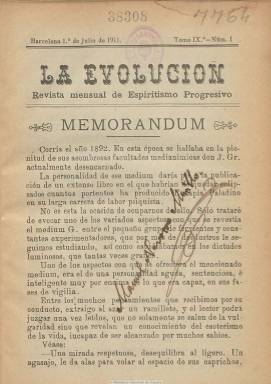
Título: La Evolución (Barcelona)
Colección: Espiritismo
Ámbito geográfico: Barcelona
Lugar de publicación: Barcelona
Fechas: 01/07/1911-01/06/1915

Con el subtítulo “revista mensual del espiritismo progresivo”, la funda y dirige Manuel Navarro Murillo, que anteriormente había sido director de las también publicaciones espiritistas barcelonesas Revista de estudios psicológicos (1876-1901) y Luz y unión (1900-1914). Empieza a publicarla en julio de 1903, en entregas de ocho páginas y compuesta a una columna, e inserta artículos y crónicas sobre los centros espiritistas españoles y extranjeros, relaciones bibliográficas, así como noticias del movimiento pacifista, del que su propietario era ferviente partidario y divulgador y sobre el que escribirá varios opúsculos, como el titulado El pacifismo según la doctrina espiritista (1906). Navarro Murillo también había sido autor de otro opúsculo contra las corridas de toros, publicado en 1881.

En la revista le acompaña, como administradora, su hija, la poeta espiritista Matilde Navarro Alonso, y tiene representantes en varios países iberoamericanos, en Marruecos y Canarias, contando con la colaboración de David Sanguinetti (desde México), Faustino Ysona (desde Puerto Rico), José Antonio Toledo (desde Canarias), Víctor Melcior Farré, Eduardo Pascual, Bernardo Raida, Joaquín Mesa Domínguez, Domingo Arana, Augusto Montes o Victoria Saez, entre otros. La colección de la Biblioteca Nacional de España la integran los tomos IX a XII, que comienza cada uno en el mes de julio, correspondientes a los años 1911-1915. En cada entrega de junio incluye, al final, los sumarios de los doce números de cada tomo.